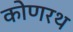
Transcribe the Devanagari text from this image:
कोणरथ